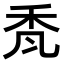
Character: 𮂷